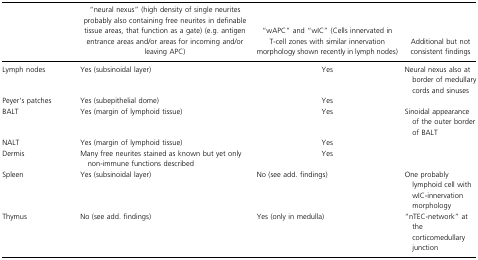
<table><thead><tr><td></td><td><b>“neural nexus” (high density of single neurites probably also containing free neurites in definable tissue areas, that function as a gate) (e.g. antigen entrance areas and/or areas for incoming and/or leaving APC)</b></td><td><b>“wAPC” and “wIC” (Cells innervated in T‐cell zones with similar innervation morphology shown recently in lymph nodes)</b></td><td><b>Additional but not consistent findings</b></td></tr></thead><tbody><tr><td>Lymph nodes</td><td>Yes (subsinoidal layer)</td><td>Yes</td><td>Neural nexus also at border of medullary cords and sinuses</td></tr><tr><td>Peyer&#x27;s patches</td><td>Yes (subepithelial dome)</td><td>Yes</td><td></td></tr><tr><td>BALT</td><td>Yes (margin of lymphoid tissue)</td><td>Yes</td><td>Sinoidal appearance of the outer border of BALT</td></tr><tr><td>NALT</td><td>Yes (margin of lymphoid tissue)</td><td>Yes</td><td></td></tr><tr><td>Dermis</td><td>Many free neurites stained as known but yet only non‐immune functions described</td><td>Yes</td><td></td></tr><tr><td>Spleen</td><td>Yes (subsinoidal layer)</td><td>No (see add. findings)</td><td>One probably lymphoid cell with wIC‐innervation morphology</td></tr><tr><td>Thymus</td><td>No (see add. findings)</td><td>Yes (only in medulla)</td><td>“nTEC‐network” at the corticomedullary junction</td></tr></tbody></table>